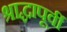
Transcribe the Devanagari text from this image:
श्राद्धापूर्वी